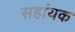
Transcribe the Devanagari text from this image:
सहांयक